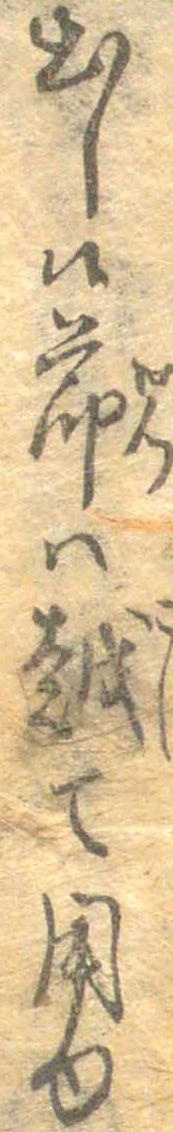
出し候節は越て用ゆ